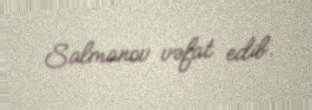
Salmanov vəfat edib.